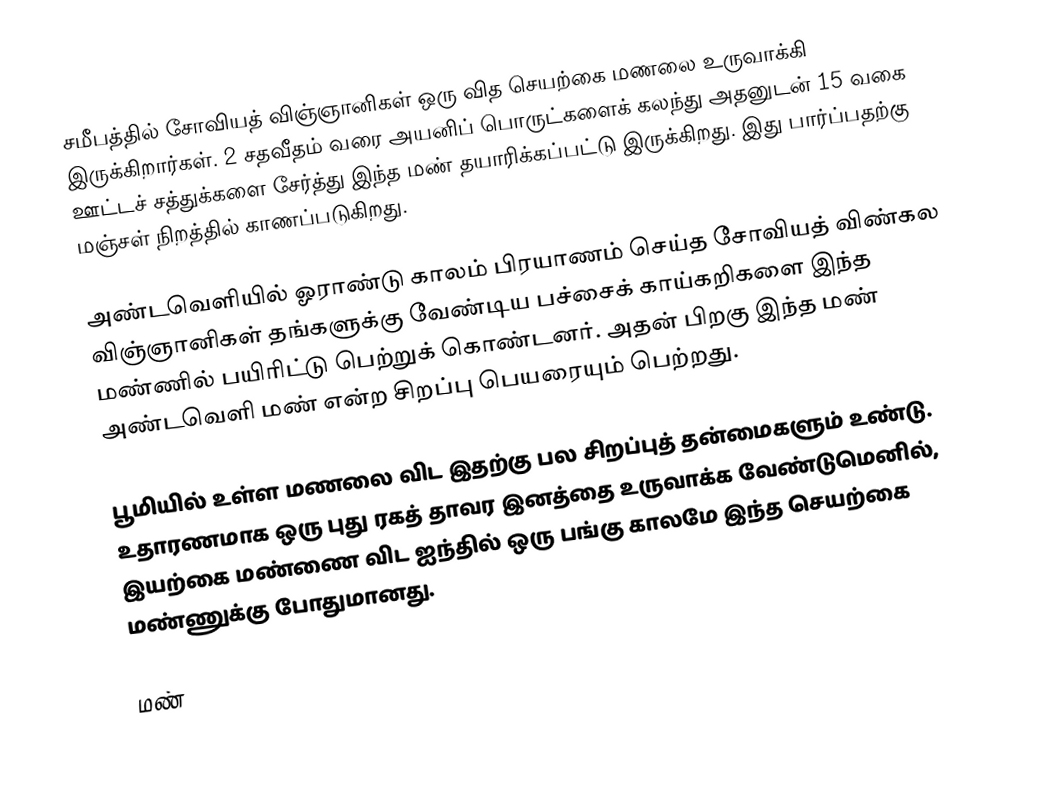
சமீபத்தில் சோவியத் விஞ்ஞானிகள் ஒரு வித செயற்கை மணலை உருவாக்கி இருக்கிறார்கள். 2 சதவீதம் வரை அயனிப் பொருட்களைக் கலந்து அதனுடன் 15 வகை ஊட்டச் சத்துக்களை சேர்த்து இந்த மண் தயாரிக்கப்பட்டு இருக்கிறது. இது பார்ப்பதற்கு மஞ்சள் நிறத்தில் காணப்படுகிறது.

அண்டவெளியில் ஓராண்டு காலம் பிரயாணம் செய்த சோவியத் விண்கல விஞ்ஞானிகள் தங்களுக்கு வேண்டிய பச்சைக் காய்கறிகளை இந்த மண்ணில் பயிரிட்டு பெற்றுக் கொண்டனர். அதன் பிறகு இந்த மண் அண்டவெளி மண் என்ற சிறப்பு பெயரையும் பெற்றது.

பூமியில் உள்ள மணலை விட இதற்கு பல சிறப்புத் தன்மைகளும் உண்டு. உதாரணமாக ஒரு புது ரகத் தாவர இனத்தை உருவாக்க வேண்டுமெனில், இயற்கை மண்ணை விட ஐந்தில் ஒரு பங்கு காலமே இந்த செயற்கை மண்ணுக்கு போதுமானது.

மண்